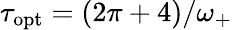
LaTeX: \tau_{\mathrm{opt}}=(2\pi+4)/\omega_{+}